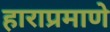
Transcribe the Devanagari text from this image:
हाराप्रमाणे